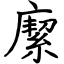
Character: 緳